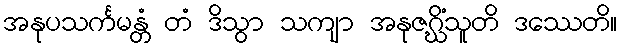
အနုပသင်္ကမန္တံ တံ ဒိသွာ သကျာ အနုဇဂ္ဃိံသူတိ ဒဿေတိ။